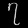
Digit: ၇